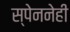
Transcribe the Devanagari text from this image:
स्पेननेही